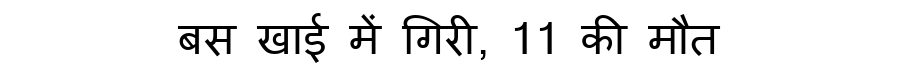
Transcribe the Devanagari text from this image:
बस खाई में गिरी, 11 की मौत